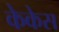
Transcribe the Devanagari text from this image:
केकेस